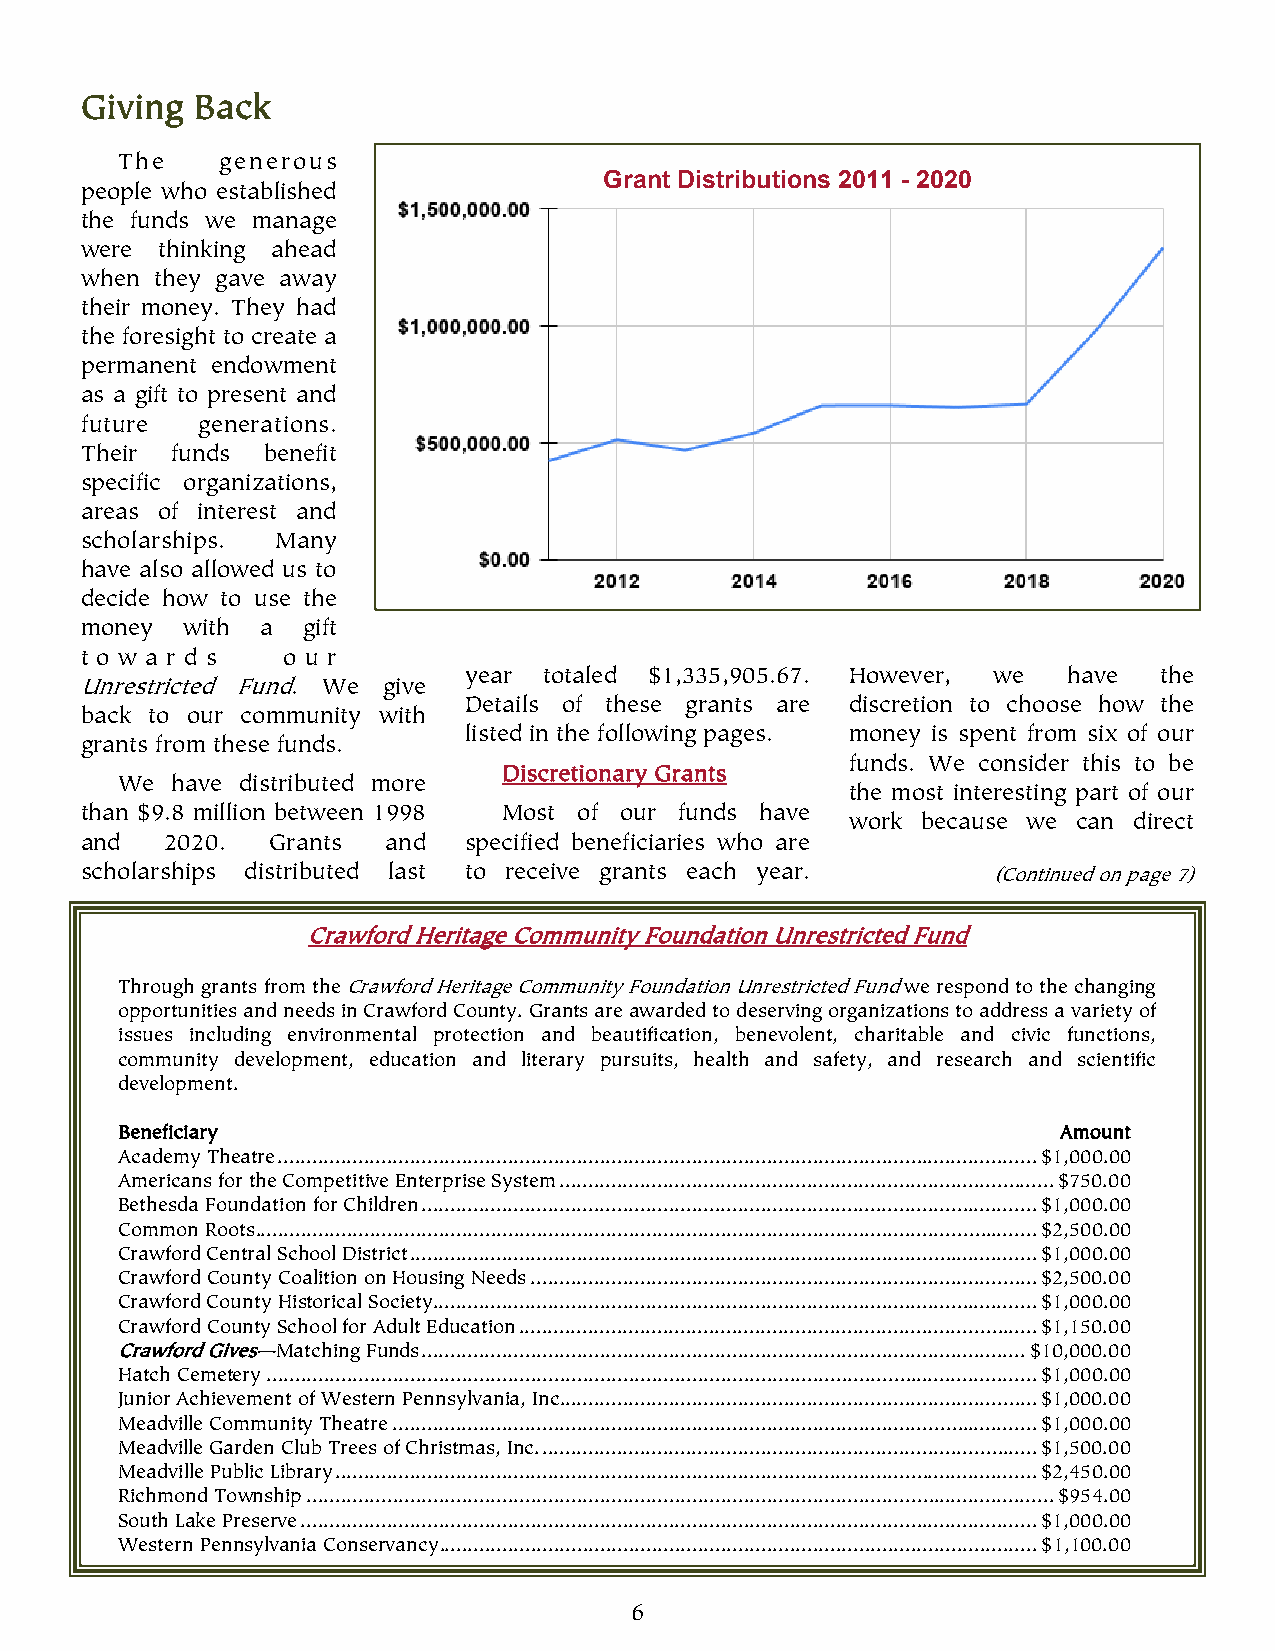
Giving  Back
 The    generous
 Grant Distributions 2011 - 2020
 people who established
 the funds we manage
 were  thinking ahead
 when they gave away
 their money. They had
 the foresight to create a
 permanent endowment
 as a gift to present and
 future  generations.
 Their funds benefit
 specific organizations,
 areas of interest and
 scholarships. Many
 have also allowed us to
 decide how to use the
 money  with a  gift
 t o w a r d s o u r
 year totaled $1,335,905.67. However, we have  the
 Unrestricted Fund. We give
 Details of these grants are discretion to choose how the
 back to our community with
 listed in the following pages. money is spent from six of our
 grants from these funds.
 funds. We consider this to be
 Discretionary Grants
 We have distributed more
 the most interesting part of our
 than $9.8 million between 1998 Most of our funds have
 work because we can direct
 and   2020.  Grants  and  specified beneficiaries who are
 scholarships distributed last to receive grants each year.   (Continued on page 7)
 Crawford Heritage Community Foundation Unrestricted Fund
 Through grants from the Crawford Heritage Community Foundation Unrestricted Fund we respond to the changing
 opportunities and needs in Crawford County. Grants are awarded to deserving organizations to address a variety of
 issues including environmental protection and beautification, benevolent, charitable and civic functions,
 community development, education and literary pursuits, health and safety, and research and scientific
 development.
 Beneficiary                                                   Amount
 Academy Theatre .................................................................................................................................... $1,000.00
 Americans for the Competitive Enterprise System ...................................................................................... $750.00
 Bethesda Foundation for Children ........................................................................................................... $1,000.00
 Common Roots ........................................................................................................................................ $2,500.00
 Crawford Central School District ............................................................................................................. $1,000.00
 Crawford County Coalition on Housing Needs ........................................................................................ $2,500.00
 Crawford County Historical Society ......................................................................................................... $1,000.00
 Crawford County School for Adult Education .......................................................................................... $1,150.00
 Crawford Gives—Matching Funds ......................................................................................................... $10,000.00
 Hatch Cemetery ...................................................................................................................................... $1,000.00
 Junior Achievement of Western Pennsylvania, Inc. .................................................................................. $1,000.00
 Meadville Community Theatre ................................................................................................................ $1,000.00
 Meadville Garden Club Trees of Christmas, Inc. ...................................................................................... $1,500.00
 Meadville Public Library .......................................................................................................................... $2,450.00
 Richmond Township .................................................................................................................................. $954.00
 South Lake Preserve ................................................................................................................................ $1,000.00
 Western Pennsylvania Conservancy ........................................................................................................ $1,100.00
 6